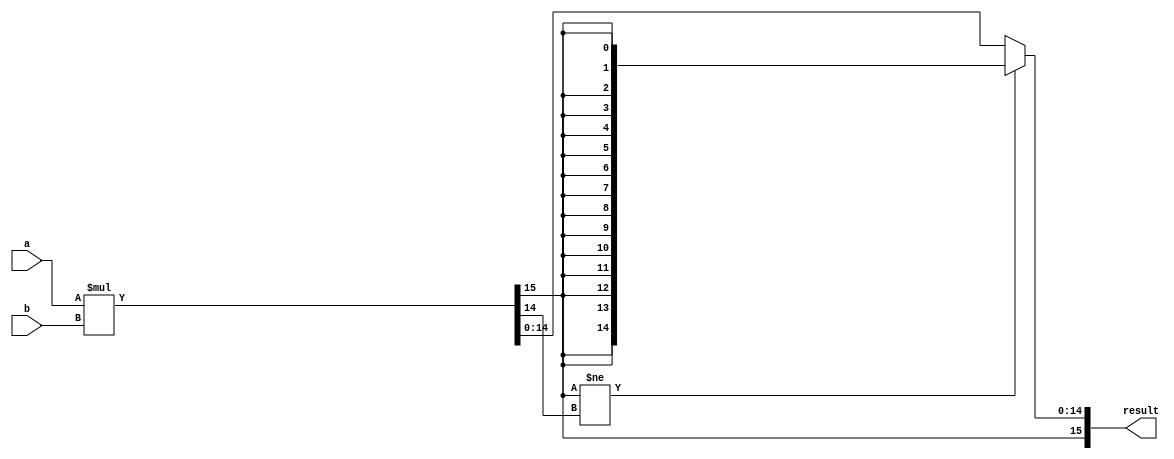
module signed_multiplier(
    input signed [7:0] a,
    input signed [7:0] b,
    output signed [15:0] result
);

reg signed [15:0] product;

always @(*) begin
    product = a * b;
    
    // Handle overflow
    if(product[15] != product[14]) begin
        product = {16{product[15]}};
    end
end

assign result = product;

endmodule